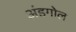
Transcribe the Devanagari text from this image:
अंडगोल